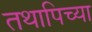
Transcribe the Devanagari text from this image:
तथापिच्या